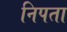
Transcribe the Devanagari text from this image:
निपता